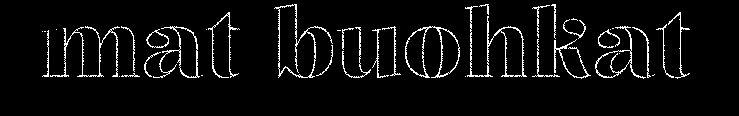
mat buohkat